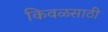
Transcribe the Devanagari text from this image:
किवळसाठी